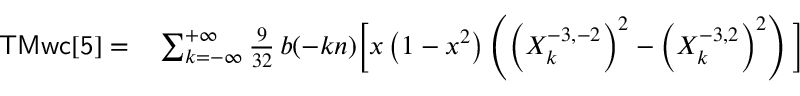
\begin{array} { r l } { { \sf T M w c [ 5 ] } = } & { { } \sum _ { k = - \infty } ^ { + \infty } \frac { 9 } { 3 2 } \, b ( - k n ) \bigg [ x \left( 1 - x ^ { 2 } \right) \left( \left( X _ { k } ^ { - 3 , - 2 } \right) ^ { 2 } - \left( X _ { k } ^ { - 3 , 2 } \right) ^ { 2 } \right) \bigg ] } \end{array}